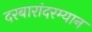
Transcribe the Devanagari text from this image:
दरबारांदरम्यान